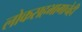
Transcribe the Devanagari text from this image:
लोकसहभागाचेही